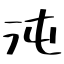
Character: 沌